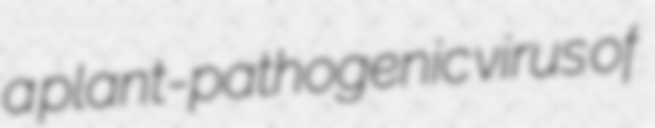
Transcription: a plant-pathogenic virus of